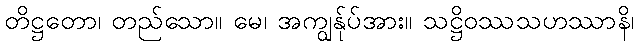
တိဋ္ဌတော၊ တည်သော။ မေ၊ အကျွန်ုပ်အား။ သဋ္ဌိဝဿသဟဿာနိ၊